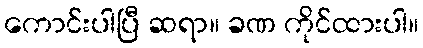
ကောင်းပါပြီ ဆရာ။ ခဏ ကိုင်ထားပါ။